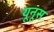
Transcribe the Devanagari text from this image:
यूनूस